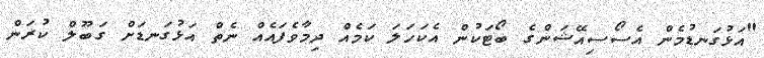
"އަޅުގަނޑުމެން އެސޯސިއޭޝަންގެ ބޯޓަކުން އެކަހަލަ ކަމެއް ދިމާވެފައެއް ނެތް އަޅުގަނޑަށް ގަބޫލް ކުރަން